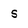
Character: S